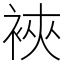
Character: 裌